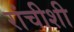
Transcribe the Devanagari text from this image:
रांचीशी